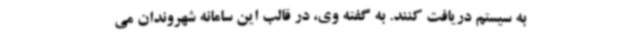
به سیستم دریافت کنند. به گفته وی، در قالب این سامانه شهروندان می